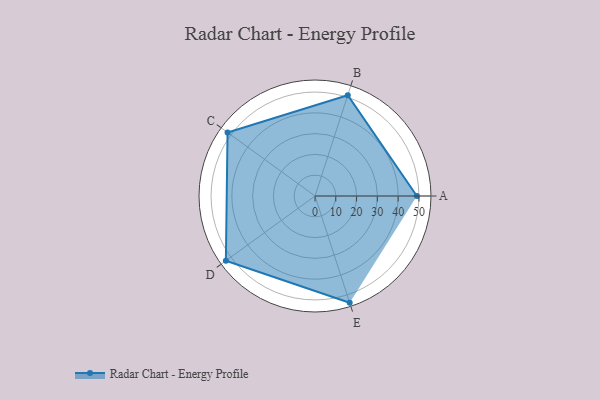
{"axis": {"x": "Skill", "y": "Score"}, "legend": ["Profile"], "data": [{"x": "A", "y": 49.0, "type": "Profile"}, {"x": "B", "y": 51.0, "type": "Profile"}, {"x": "C", "y": 52.0, "type": "Profile"}, {"x": "D", "y": 53.0, "type": "Profile"}, {"x": "E", "y": 54.0, "type": "Profile"}]}